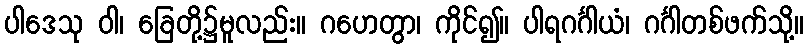
ပါဒေသု ဝါ၊ ခြေတို့၌မူလည်း။ ဂဟေတွာ၊ ကိုင်၍။ ပါရဂင်္ဂါယံ၊ ဂင်္ဂါတစ်ဖက်သို့။